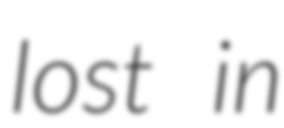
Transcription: lost in